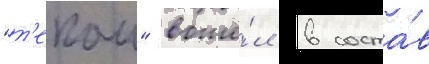
"т'екаи" вошё́л в соста́в